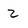
Character: 2